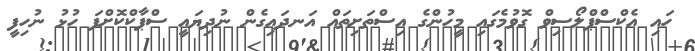
ހައި އެކްސްޕްލޯސިވް ގޮވުމެގައި މީހުންގެ އިސްތަށިތައް އަނދައިގެން ނުދިޔައީ ސްޕާކްކޮށްފަ ހުޅު ނުހިފީ